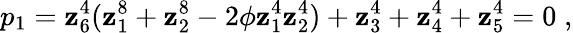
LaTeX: p_{1}=\mathbf{z}_{6}^{4}(\mathbf{z}_{1}^{8}+\mathbf{z}_{2}^{8}-2\phi\mathbf{z}_{1}^{4}\mathbf{z}_{2}^{4})+\mathbf{z}_{3}^{4}+\mathbf{z}_{4}^{4}+\mathbf{z}_{5}^{4}=0\; ,